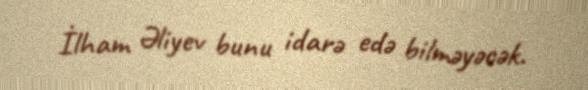
İlham Əliyev bunu idarə edə bilməyəcək.